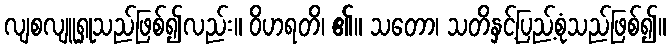
လျစလျူရှုသည်ဖြစ်၍လည်း။ ဝိဟရတိ၊ ၏။ သတော၊ သတိနှင့်ပြည့်စုံသည်ဖြစ်၍။